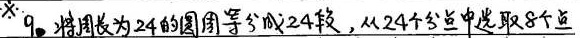
※9.将周长为24的圆周等分成24段,从24个分点中选取8个点，